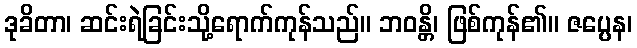
ဒုခိတာ၊ ဆင်းရဲခြင်းသို့ရောက်ကုန်သည်။ ဘဝန္တိ၊ ဖြစ်ကုန်၏။ ဇပ္ပေန၊